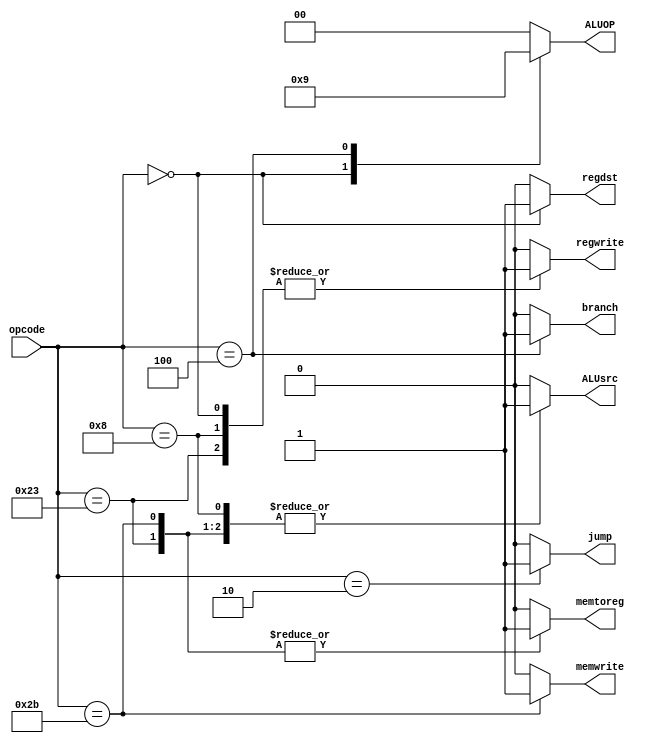
module Main_Decoder(
input [5:0] opcode,
output reg [1:0] ALUOP,
output reg  memtoreg,memwrite,branch,ALUsrc,regdst,regwrite,jump
);
always@(*)
   begin
     case(opcode)
	     6'b100011:begin
		      jump=1'b0;
			  ALUOP=2'b00;
		      memtoreg=1'b1;
			  memwrite=1'b0;
			  branch=1'b0;
			  ALUsrc=1'b1;
			  regdst=1'b0;
			  regwrite=1'b1;
			  end
		 6'b101011:begin
		      jump=1'b0;
			  ALUOP=2'b00;
		      memtoreg=1'b1;
			  memwrite=1'b1;
			  branch=1'b0;
			  ALUsrc=1'b1;
			  regdst=1'b0;
			  regwrite=1'b0;
			  end
		 6'b000000:begin
		      jump=1'b0;
			  ALUOP=2'b10;
		      memtoreg=1'b0;
			  memwrite=1'b0;
			  branch=1'b0;
			  ALUsrc=1'b0;
			  regdst=1'b1;
			  regwrite=1'b1;
			  end
		 6'b001000:begin
		      jump=1'b0;
			  ALUOP=2'b00;
		      memtoreg=1'b0;
			  memwrite=1'b0;
			  branch=1'b0;
			  ALUsrc=1'b1;
			  regdst=1'b0;
			  regwrite=1'b1;
			  end
		 6'b000100:begin
		      jump=1'b0;
			  ALUOP=2'b01;
		      memtoreg=1'b0;
			  memwrite=1'b0;
			  branch=1'b1;
			  ALUsrc=1'b0;
			  regdst=1'b0;
			  regwrite=1'b0;
			  end
		 6'b000010:begin
		      jump=1'b1;
			  ALUOP=2'b00;
		      memtoreg=1'b0;
			  memwrite=1'b0;
			  branch=1'b0;
			  ALUsrc=1'b0;
			  regdst=1'b0;
			  regwrite=1'b0;
			  end
		 default:begin
		      jump=1'b0;
			  ALUOP=2'b00;
		      memtoreg=1'b0;
			  memwrite=1'b0;
			  branch=1'b0;
			  ALUsrc=1'b0;
			  regdst=1'b0;
			  regwrite=1'b0;
			  end
		endcase
   end
endmodule